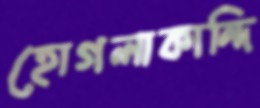
হোগলাকান্দি